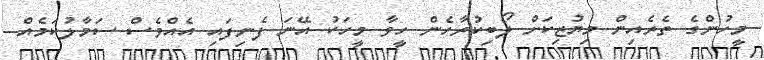
މީހުންގެ ތެރެއިން މިޔުޒިކަށް ލޯބިކުރާހެން ހީވާ މީހަކު އޭނަ ފެނިފައި އެއްވެސް ސަމާލުކަމެއް